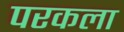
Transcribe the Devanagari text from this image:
परकला